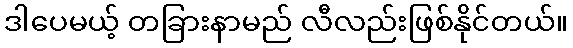
ဒါပေမယ့် တခြားနာမည် လီလည်းဖြစ်နိုင်တယ်။